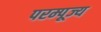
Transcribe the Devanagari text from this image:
परम्पूज्य